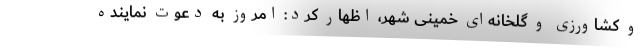
و کشاورزی و گلخانه‌ای خمینی شهر، اظهار کرد: امروز به دعوت نماینده